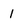
Character: 1